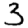
Digit: 3